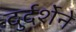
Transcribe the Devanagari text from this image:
दुर्दर्शेने